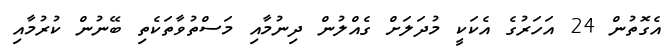
އެގޮތުން 24 އަހަރުގެ އެކަކީ މުދަލަށް ގެއްލުން ދިނުމާއި މަސްތުވާތަކެތި ބޭނުން ކުރުމާއި